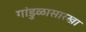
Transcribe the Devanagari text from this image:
गांडुळासारखा